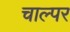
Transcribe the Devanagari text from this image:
चाल्पर